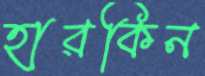
হারকিন